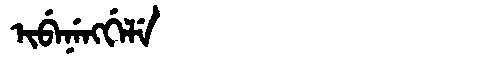
Manchu: ᡳᠪᡝᠨᡝᠩᡤᡝᠯᡝ
Romanization: IBENENGGELE